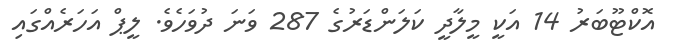
އޮކްޓޫބަރު 14 އަކީ މީލާދީ ކަލަންޑަރުގެ 287 ވަނަ ދުވަހެވެ. ލީޕް އަހަރެއްގައި